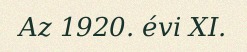
Az 1920. évi XI.